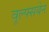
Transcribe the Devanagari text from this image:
वूल्फ्सबेन